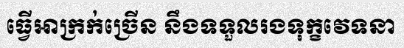
ធ្វើអាក្រក់ច្រើន នឹងទទួលរងទុក្ខវេទនា